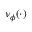
\nu _ { \phi } ( \cdot )